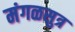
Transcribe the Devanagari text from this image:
मंगळसुत्र